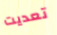
تعديت